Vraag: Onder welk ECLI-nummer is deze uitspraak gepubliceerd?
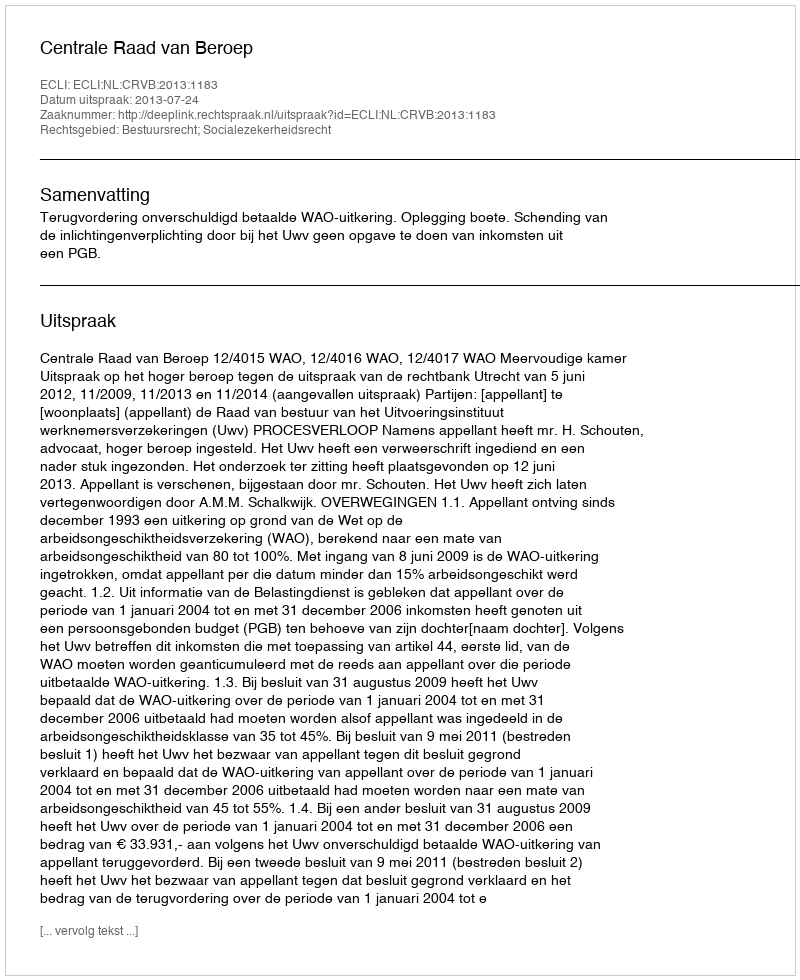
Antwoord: ECLI:NL:CRVB:2013:1183